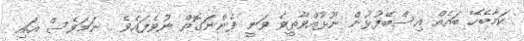
ކަމާބެހޭ ބައެއް އިސްބޭފުޅުން ނޫޅުއްވާތީވެ ވަނީ ފެންނަގޮތް ނުވެފައެވެ . ނަމަވެސް އައި